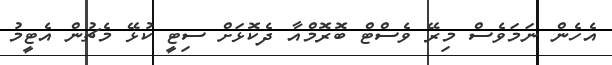
އެހެން ނަމަވެސް މިރޭ ވެސްޓް ބޮރޮމްއާ ދެކޮޅަށް ސިޓީ ކުޅޭ މެޗުން އެޓީމު